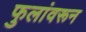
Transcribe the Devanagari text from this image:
फुलांवरून